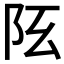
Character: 𨸞